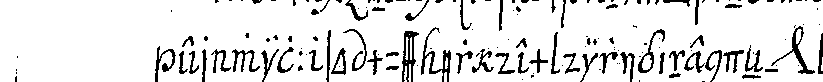
er will so muss er dem diriginendeN *nee*